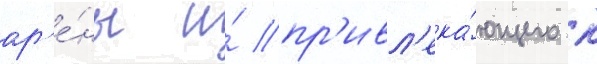
ар'е́ны и́ пр'ивл'ека́ющего к